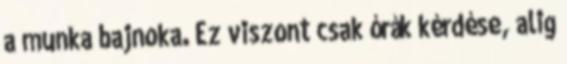
a munka bajnoka. Ez viszont csak órák kérdése, alig